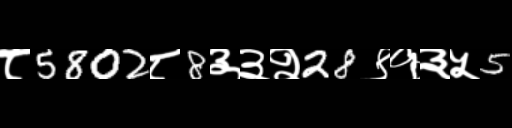
Text: ८5802८8३३२28९१३५5